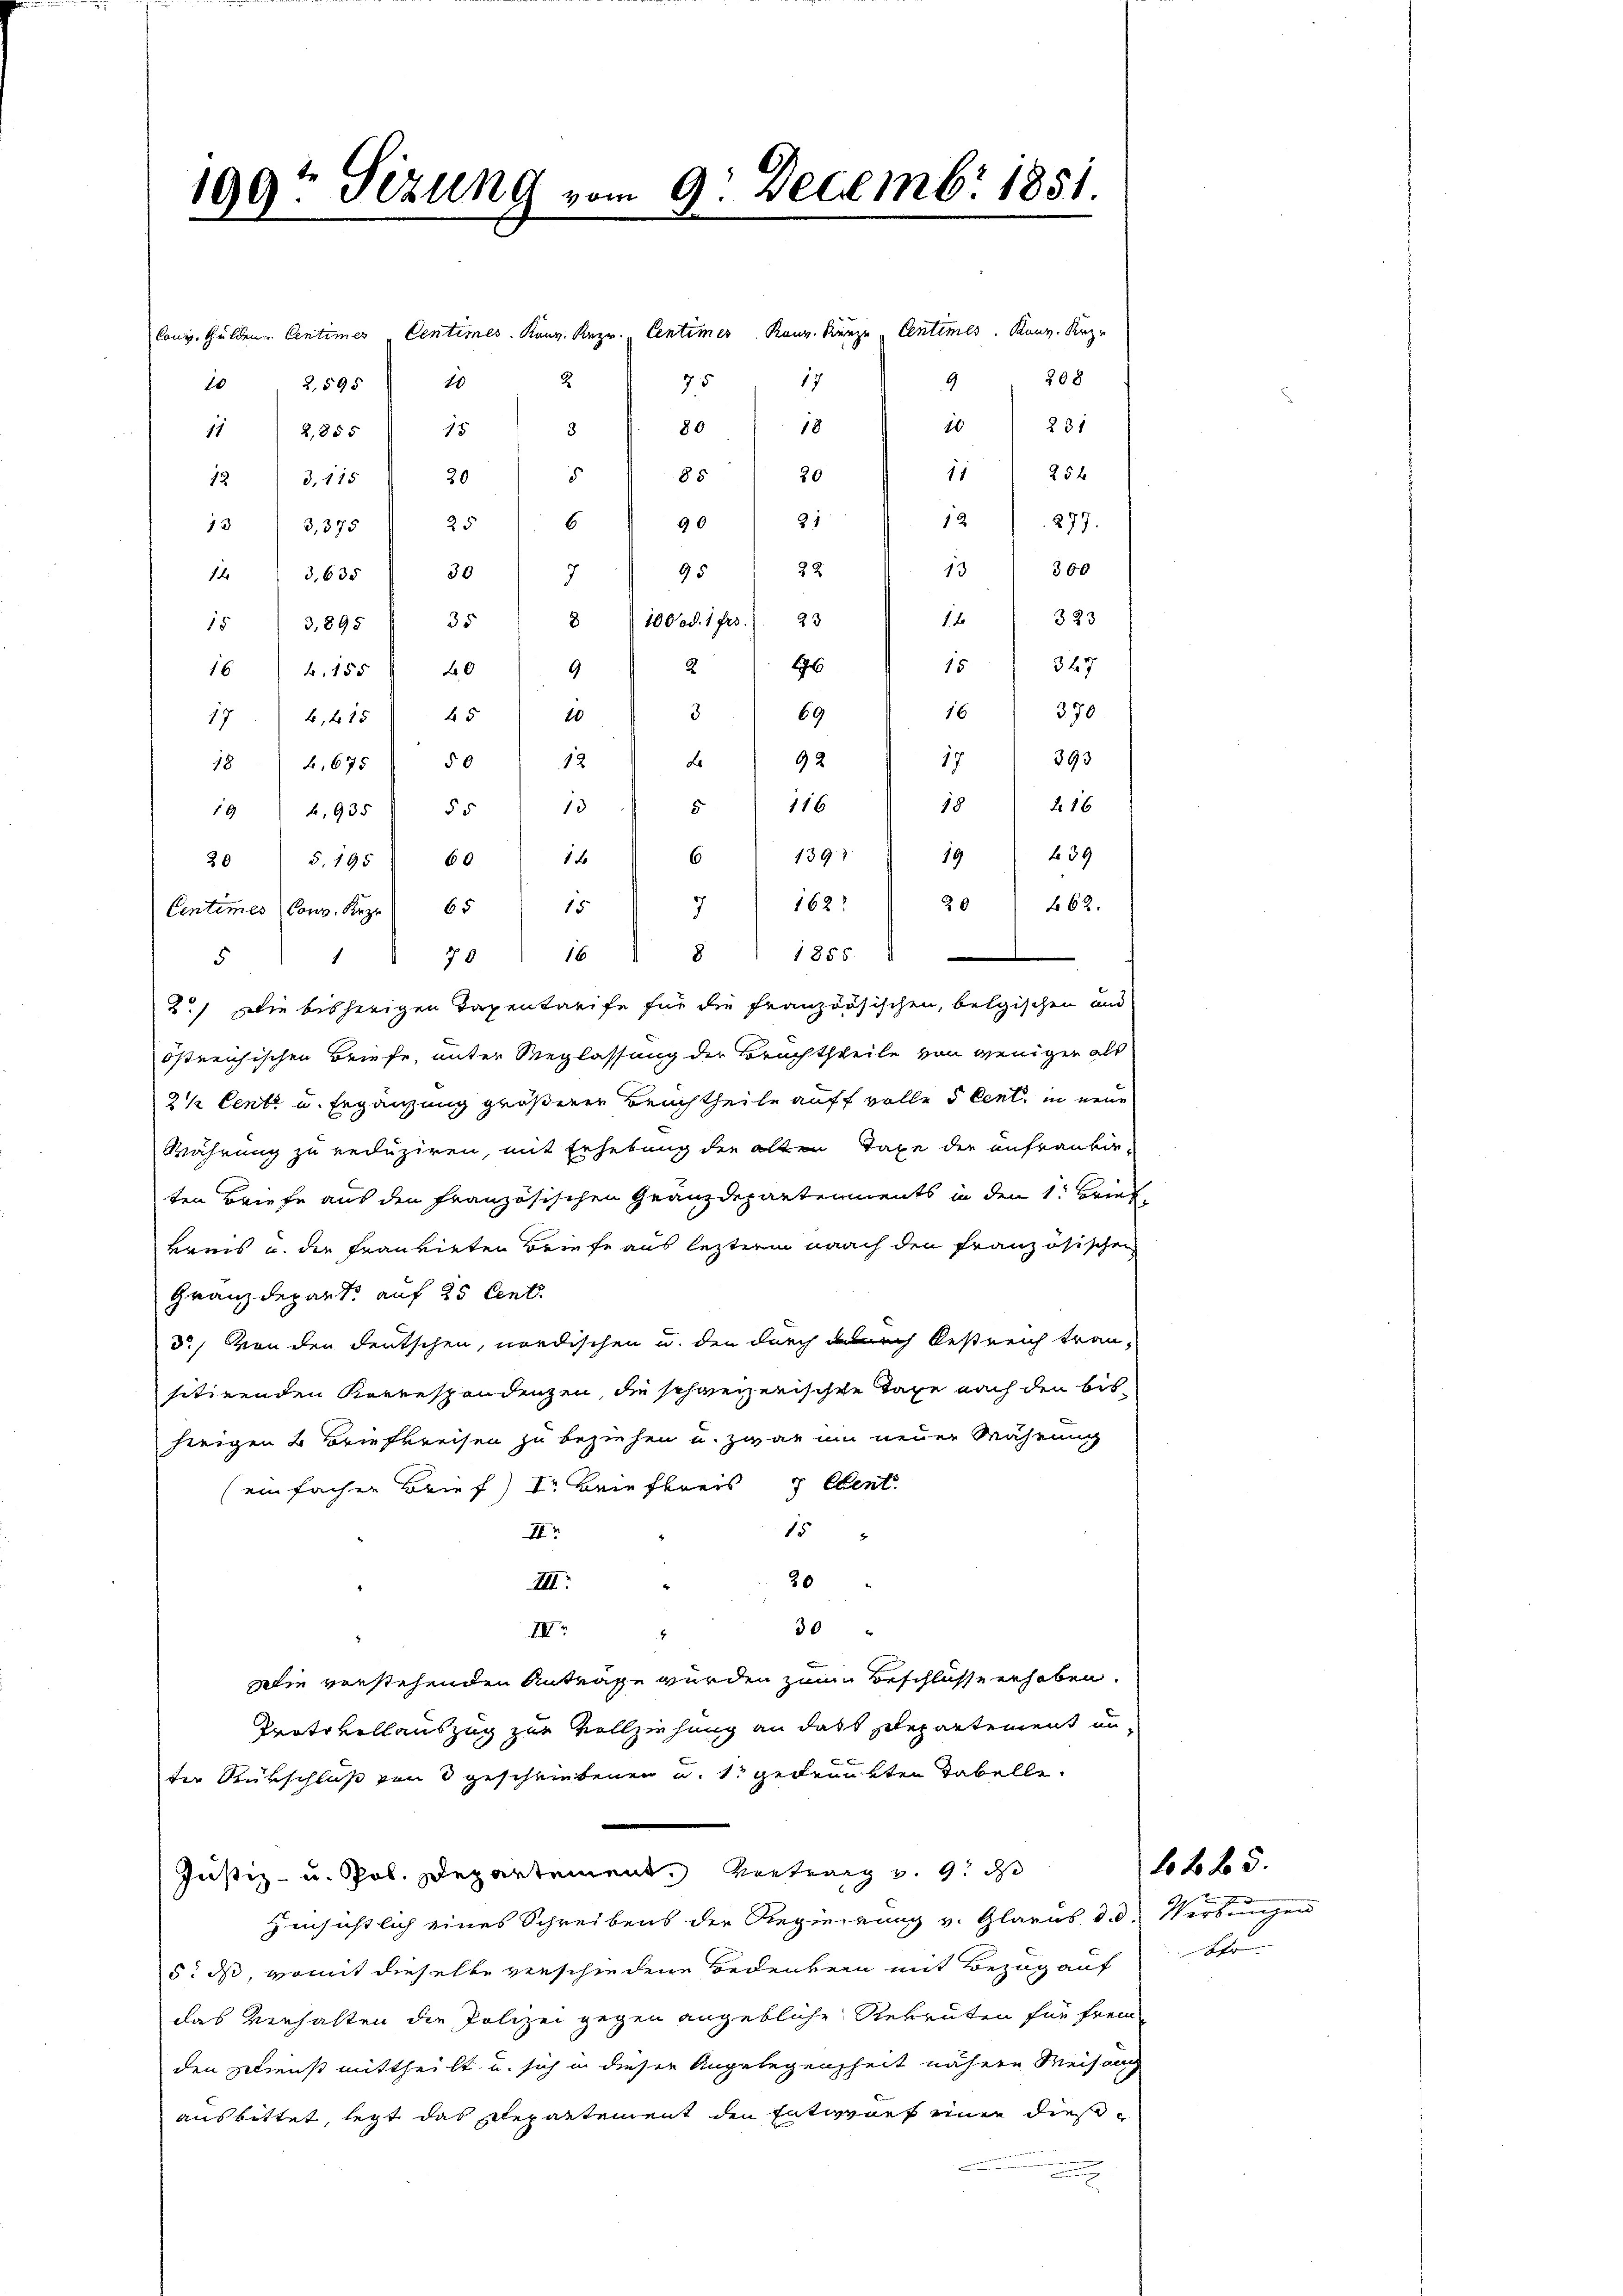
190 sezung vom 9. Decemb. 1881

Cong. Gulden Centimes Centimes. Konr. Rezr. Centimes Konr. Kanze Centimes. Kanz. Kre
208
75
2
17
9
10
1 " 2,595
231
10
18
80
15
3.
11 2,855
25 x
11
20
85
s
20
42 " 3, 115
31
12
277.
6
90
25
133,375
300
13
14  2635) 30) 7) 95 ( 32
333
1 x
8) 100 od. 1 frs.). 23
35
15
3,895
347
15.
2
1
164, 155 40
9
370
16
69
3
176. 615 45 " 10
393
92
17
Lo
4,675 50 " 12
18
116" 18
216
13
5
55
19 4,935
f 39
19
60. 16 " 6 " 1391
5.195
30
20 " 662.
162
15
Centimes Cons. Kez. 65
7
70 " 16 " 8 " 1855. 1
1
5
2.) Die bisherigen Tagentarife für die französischen, belgischen und
östreichischen Briefe, unter Weglassung der Bruchtheile von wenigen als
2½/ Centi u. Ergänzung größerer Beachtheile auff volle 5 Cent, in eine
Währung zu reduziren, mit Erhebung der alten Taxe der anfraurig-
ten Briefe aus den Französischen Gränzdepartements in den 1. Brief
kens u. die Frankirten Briefe aus lezterm nach den französischen
Gränzdepart auf 25 Cent
3.) Von den deutschen, nordischen u. den durch durch bestreich trausitirenden Korrespondenzen, die schweizerischen Tage nach den bisherigen & Briefkreisen zu beziehen u. zwar um neuer Währung
(einfachen Brief) I. Briefereis Ebent.
15 "
II
30
III:
30 "
IV
4
alie verstehenden Anträge wurden zum Beschlüsse erhoben.
Protokollauszug zur Vollziehung an dass Departement under Rückschluß von 3 geschriebenen u. 13 gedrunkten Tabelle.
Justiz- u. Pob. Departement. Vertrag v. 9. ds
Hinsichtlich eines Schreibens der Regierung v. Glarus d. d. Wirkungen
5. ds, womit dieselbe verschiedene Bedenken mit Bezug auf
das Verhalten die Polizei gegen angebliche Rekruten für frem-
den gelienst mittheilt u. sich in dieser Angelegenheit nähere Weisung
ausbittet, legt das Departement den Entwurf einer dieß¬

ff 85.
 obte